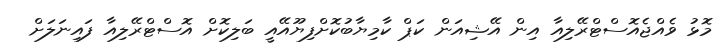
މޮޅު ވެއްޖެއޮސްޓްރޭލިއާ އިން އޭޝިއަން ކަޕް ކާމިޔާބުކޮށްފިޔޫއޭއީ ބަލިކޮށް އޮސްޓްރޭލިއާ ފައިނަލަށް